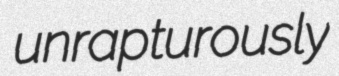
unrapturously